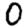
Digit: 0